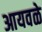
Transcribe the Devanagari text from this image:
आयवळे